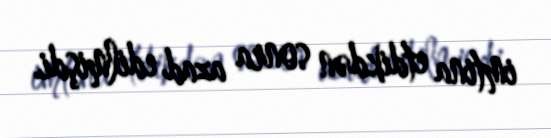
imtina etdikdən sonra azad edilmişdi.